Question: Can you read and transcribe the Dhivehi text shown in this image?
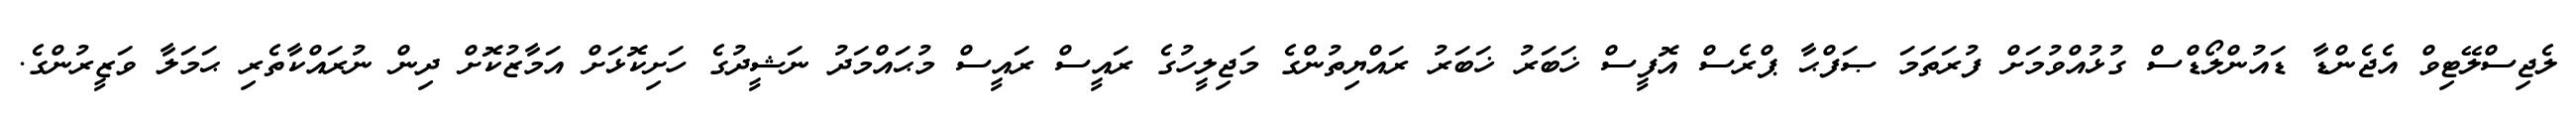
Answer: ލެޖިސްލޭޓިވް އެޖެންޑާ ޑައުންލޯޑްސް ގުޅުއްވުމަށް ފުރަތަމަ ޞަފްޙާ ޕްރެސް އޮފީސް ޚަބަރު ޚަބަރު ރައްޔިތުންގެ މަޖިލީހުގެ ރައީސް ރައީސް މުޙައްމަދު ނަޝީދުގެ ހަށިކޮޅަށް އަމާޒުކޮށް ދިން ނުރައްކާތެރި ޙަމަލާ ވަޒީރުންގެ.